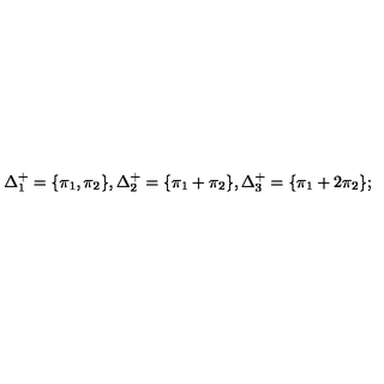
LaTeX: \Delta _ { 1 } ^ { + } = \{ \pi _ { 1 } , \pi _ { 2 } \} , \Delta _ { 2 } ^ { + } = \{ \pi _ { 1 } + \pi _ { 2 } \} , \Delta _ { 3 } ^ { + } = \{ \pi _ { 1 } + 2 \pi _ { 2 } \} ;